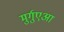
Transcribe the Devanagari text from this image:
मुर्गुएआ